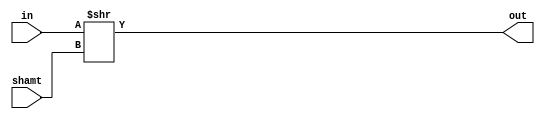
module shifter_right_logical
#
(
  parameter N=32, SA=5
)
(
  input[N-1:0] in,
  input[4:0] shamt,
  output[N-1:0] out
);

assign out = in >> shamt;

endmodule